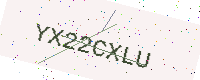
Text: YX22CXLU